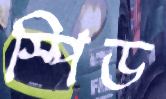
স্পিড